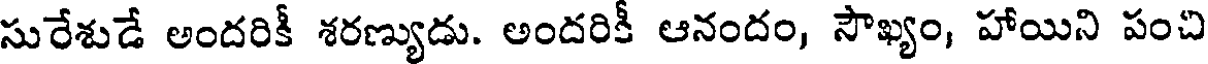
సురేశుడే అందరికీ శరణ్యుడు. అందరికీ ఆనందం, సౌఖ్యం, హాయిని పంచి